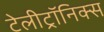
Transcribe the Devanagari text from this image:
टेलीट्रॉनिक्स